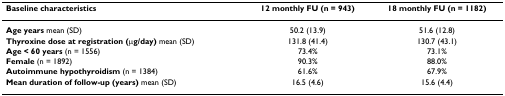
| Baseline characteristics | 12 monthly FU (n = 943) | 18 monthly FU (n = 1182) |
 | --- | --- | --- |
 | Age years mean (SD) | 50.2 (13.9) | 51.6 (12.8) |
 | Thyroxine dose at registration (μg/day) mean (SD) | 131.8 (41.4) | 130.7 (43.1) |
 | Age < 60 years (n = 1556) | 73.4% | 73.1% |
 | Female (n = 1892) | 90.3% | 88.0% |
 | Autoimmune hypothyroidism (n = 1384) | 61.6% | 67.9% |
 | Mean duration of follow-up (years) mean (SD) | 16.5 (4.6) | 15.6 (4.4) |